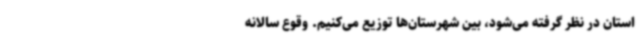
استان در نظر گرفته می‌شود، بین شهرستان‌ها توزیع می‌کنیم. وقوع سالانه